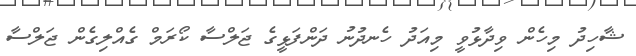
ޝާހިދު މިހެން ވިދާޅުވީ މިއަދު ހެނދުނު ދަންފަޅީގެ ޖަލްސާ ކޯރަމް ގެއްލިގެން ޖަލްސާ